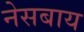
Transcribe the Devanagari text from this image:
नेसबाय